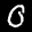
Label: 0